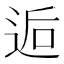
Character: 逅